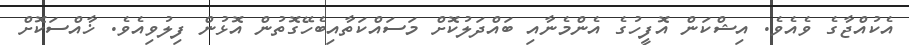
އެކުއްޖާގެ ވެއެވެ. އިޝްކަން އޮފީހުގެ އެންމެނާއި ބައްދަލުކޮށް މަސައްކަތާއިބެހޭގޮތުން އޮޅުން ފިލުވިއެވެ. ޚާއްސަކޮށް